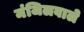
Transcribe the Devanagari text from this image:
मंजिलवाले